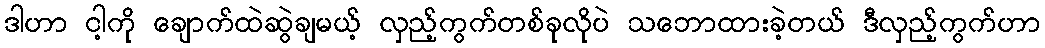
ဒါဟာ ငါ့ကို ချောက်ထဲဆွဲချမယ့် လှည့်ကွက်တစ်ခုလိုပဲ သဘောထားခဲ့တယ် ဒီလှည့်ကွက်ဟာ